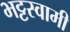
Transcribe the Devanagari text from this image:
भट्टस्वामी